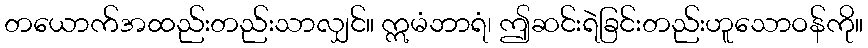
တယောက်အထည်းတည်းသာလျှင်။ ဣမံဘာရံ၊ ဤဆင်းရဲခြင်းတည်းဟူသောဝန်ကို။